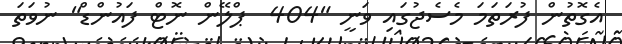
އެގޮތުން ފުރަތަމަ މެސެޖުގައި ވަނީ "404  ޕްލޭން ނޮޓް ފައުންޑް" ނުވަތަ